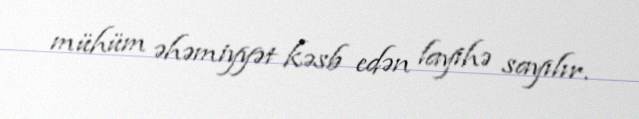
mühüm əhəmiyyət kəsb edən layihə sayılır.